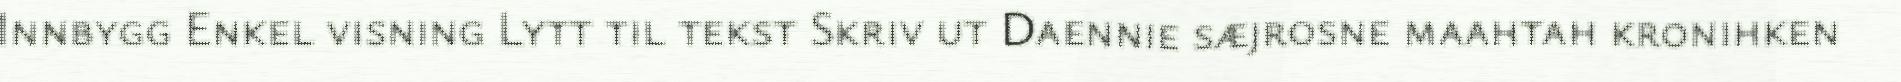
Innbygg Enkel visning Lytt til tekst Skriv ut Daennie sæjrosne maahtah kronihken